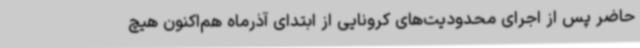
حاضر پس از اجرای محدودیت‌های کرونایی از ابتدای آذرماه هم‌اکنون هیچ